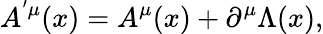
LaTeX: A^{^{\prime}\mu}(x)=A^{\mu}(x)+\partial^{\mu}\Lambda(x),